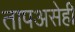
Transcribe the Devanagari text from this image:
तापअसेही